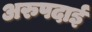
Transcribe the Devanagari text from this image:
अरुपदाई